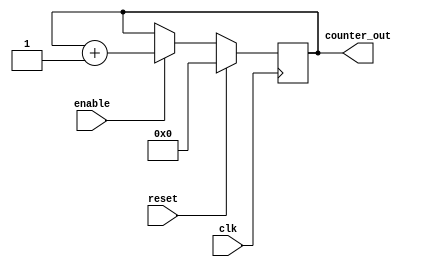
`timescale 1ns/1ps


module b_counter( 
    clk,        // clock
    reset,      // will reset the counter to 0
    enable,     // will increment the counter
    counter_out // 8-bit output
    );

input clk, reset, enable;   //one-bit inputs
output [7:0] counter_out;   //8-bit output

reg [7:0] counter_out;      //8-bit register for output


always @ (posedge clk)      
begin       
    if (reset) begin
        counter_out <= 8'b0;        // reset counter to 0 whenever reset is high
    end else if (enable) begin      // increment counter by 1 whenever enable is high
        counter_out <= counter_out + 1;
    end
end
endmodule